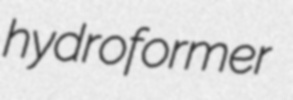
hydroformer